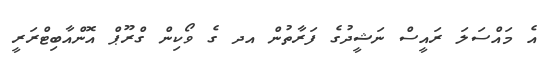
އެ މައްސަލަ ރައީސް ނަޝީދުގެ ފަރާތުން އދ ގެ ވޯކިން ގްރޫޕް އޮންއާބިޓްރަރީ